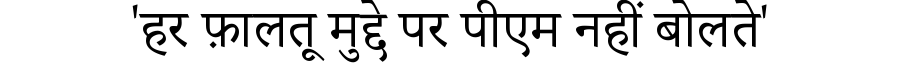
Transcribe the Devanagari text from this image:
'हर फ़ालतू मुद्दे पर पीएम नहीं बोलते'